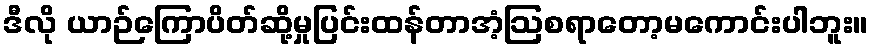
ဒီလို ယာဉ်ကြောပိတ်ဆို့မှုပြင်းထန်တာအံ့ဩစရာတော့မကောင်းပါဘူး။